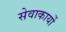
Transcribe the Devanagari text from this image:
सेवाकार्यो